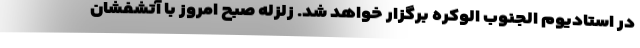
در استادیوم الجنوب الوکره برگزار خواهد شد. زلزله صبح امروز با آتشفشان